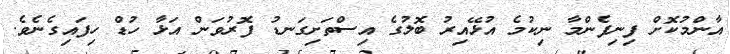
އާންމުކޮށް ފިނިފެންމާ ނިކުމެ އުޅޭއިރު ބޮލުގެ އިސްތަށިގަނޑު ފޮރުވަން އަޅާ ހުޑް ހިފައިގެނެވެ.